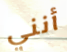
أنني